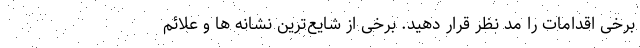
برخی اقدامات را مد نظر قرار دهید. برخی از شایع‌ترین نشانه ها و علائم